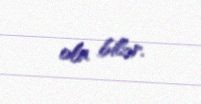
ola bilər.